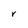
Character: V